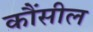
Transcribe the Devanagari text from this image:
कौंसील